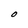
Character: O